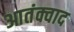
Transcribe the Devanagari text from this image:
आतंक्वाद